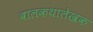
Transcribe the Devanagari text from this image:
बालकथालेखक